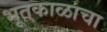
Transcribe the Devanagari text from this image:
भूतकाळाचा